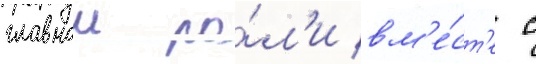
главнои ро́л'и вм'е́ст'е с